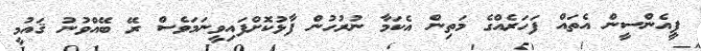
ޕީއެންސީން އެތައް ފަހަރެއްގެ މަތިން އެކަމާ ނުރުހުން ފާޅުކޮށްފައިވީނަމަވެސް ރޭ ބޭއްވުނު ޤައުމީ